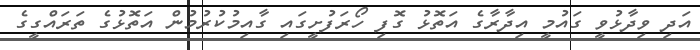
އަދި ވިދާޅުވީ ގައުމީ އިދާރާގެ އަތޮޅު ގޮފި ހޯރަފުށީގައި ގާއިމުކުރުމުން އަތޮޅުގެ ތަރައްގީގެ